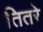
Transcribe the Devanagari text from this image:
तितरे